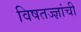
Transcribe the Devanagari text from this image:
विषतज्‍ज्ञांची